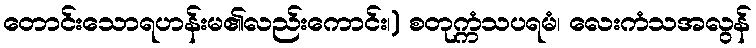
တောင်းသောရဟန်းမ၏လည်းကောင်း၊) စတုက္ကံသပရမံ၊ လေးကံသအလွန်